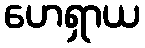
ဟေရှာယ